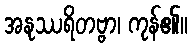
အနုဿရိတဗ္ဗာ၊ ကုန်၏။